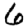
Digit: 6